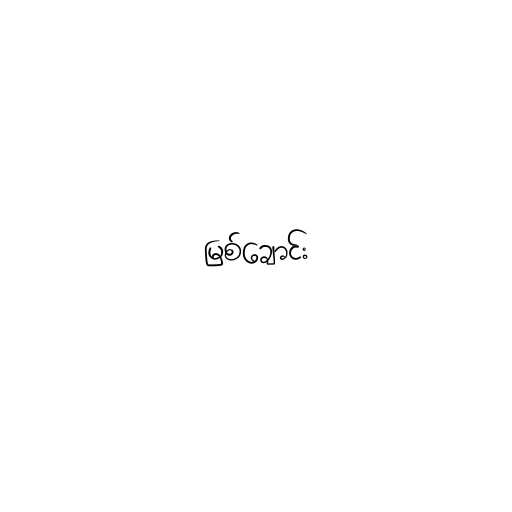
မြစ်ချောင်း